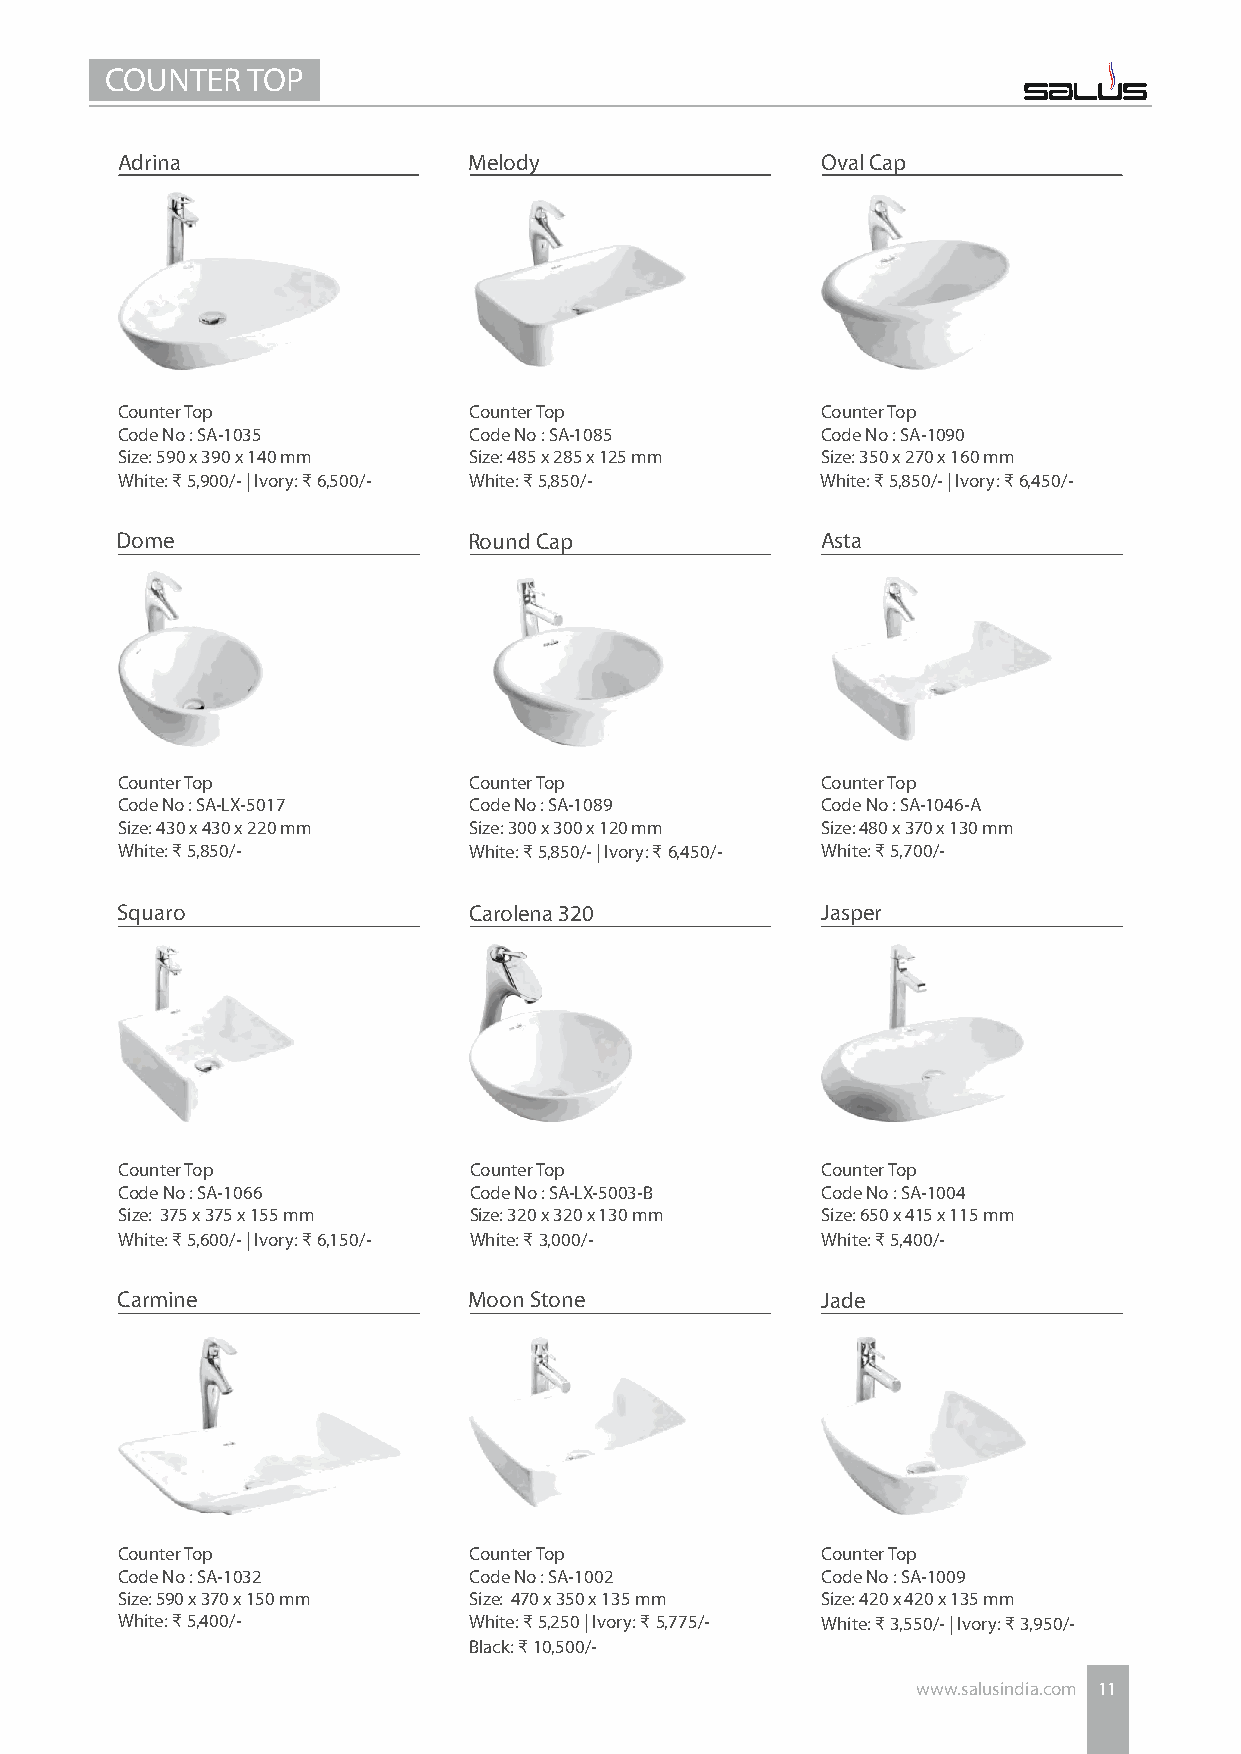
COUNTER  TOP
 Adrina                 Melody                 Oval Cap
 Counter Top            Counter Top            Counter Top
 Code No : SA-1035      Code No : SA-1085      Code No : SA-1090
 Size: 590 x 390 x 140 mm Size: 485 x 285 x 125 mm Size: 350 x 270 x 160 mm
 White: ₹ 5,900/- | Ivory: ₹ 6,500/- White: ₹ 5,850/- White: ₹ 5,850/- | Ivory: ₹ 6,450/-
 Dome                   Round Cap              Asta
 Counter Top            Counter Top            Counter Top
 Code No : SA-LX-5017   Code No : SA-1089      Code No : SA-1046-A
 Size: 430 x 430 x 220 mm Size: 300 x 300 x 120 mm Size: 480 x 370 x 130 mm
 White: ₹ 5,850/-       White: ₹ 5,850/- | Ivory: ₹ 6,450/- White: ₹ 5,700/-
 Squaro                 Carolena 320           Jasper
 Counter Top            Counter Top            Counter Top
 Code No : SA-1066      Code No : SA-LX-5003-B Code No : SA-1004
 Size: 375 x 375 x 155 mm Size: 320 x 320 x 130 mm Size: 650 x 415 x 115 mm
 White: ₹ 5,600/- | Ivory: ₹ 6,150/- White: ₹ 3,000/- White: ₹ 5,400/-
 Carmine                Moon Stone             Jade
 Counter Top            Counter Top            Counter Top
 Code No : SA-1032      Code No : SA-1002      Code No : SA-1009
 Size: 590 x 370 x 150 mm Size: 470 x 350 x 135 mm Size: 420 x 420 x 135 mm
 White: ₹ 5,400/-       White: ₹ 5,250 | Ivory: ₹ 5,775/- White: ₹ 3,550/- | Ivory: ₹ 3,950/-
 Black: ₹ 10,500/-
 www.salusindia.com 11